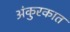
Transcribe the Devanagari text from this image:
अंकुरकात